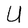
Character: U